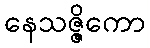
နေသဇ္ဇိကော